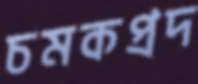
চমকপ্রদ